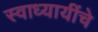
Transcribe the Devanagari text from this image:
स्वाध्यायींचे